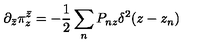
\partial _ { \bar { z } } \pi _ { z } ^ { \bar { z } } = - \frac { 1 } { 2 } \sum _ { n } P _ { n z } \delta ^ { 2 } ( z - z _ { n } )